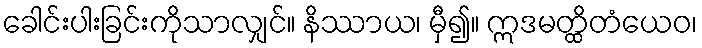
ခေါင်းပါးခြင်းကိုသာလျှင်။ နိဿာယ၊ မှီ၍။ ဣဒမတ္ထိတံယေဝ၊